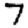
Digit: 7